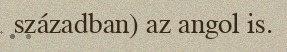
században) az angol is.